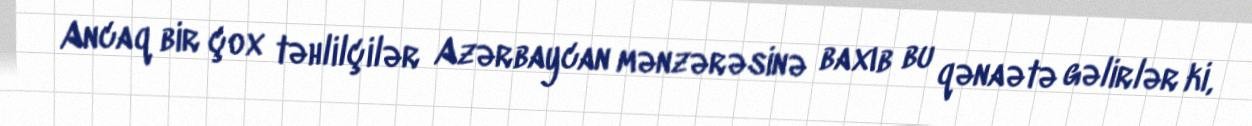
Ancaq bir çox təhlilçilər Azərbaycan mənzərəsinə baxıb bu qənaətə gəlirlər ki,